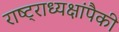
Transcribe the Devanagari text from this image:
राष्ट्राध्यक्षांपैकी